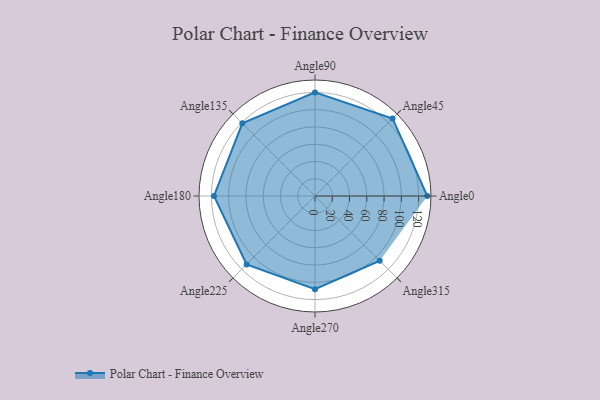
{"axis": {"x": "Angle", "y": "Radius"}, "legend": [""], "data": [{"x": "Angle0", "y": 130.0, "type": ""}, {"x": "Angle45", "y": 127.0, "type": ""}, {"x": "Angle90", "y": 120.0, "type": ""}, {"x": "Angle135", "y": 119.0, "type": ""}, {"x": "Angle180", "y": 117.0, "type": ""}, {"x": "Angle225", "y": 112.0, "type": ""}, {"x": "Angle270", "y": 108.0, "type": ""}, {"x": "Angle315", "y": 106.0, "type": ""}]}